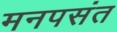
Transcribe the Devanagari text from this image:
मनपसंत